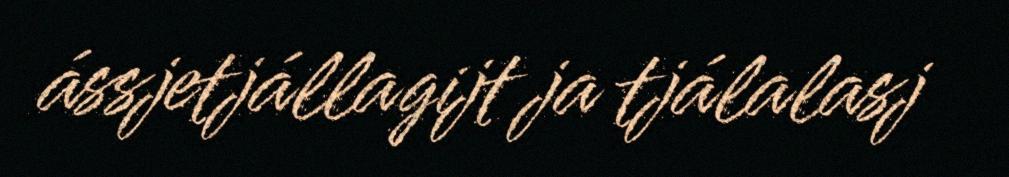
ássjetjállagijt ja tjálalasj